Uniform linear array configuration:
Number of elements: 32
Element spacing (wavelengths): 0.25
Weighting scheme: kaiser
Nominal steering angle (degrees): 0
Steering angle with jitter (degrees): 0.075
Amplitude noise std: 0.05
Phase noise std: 0.05

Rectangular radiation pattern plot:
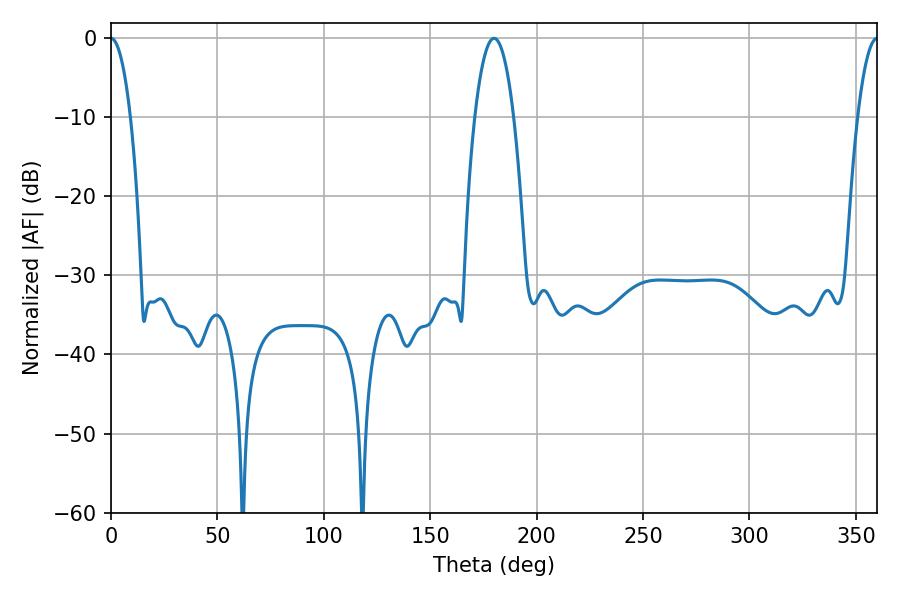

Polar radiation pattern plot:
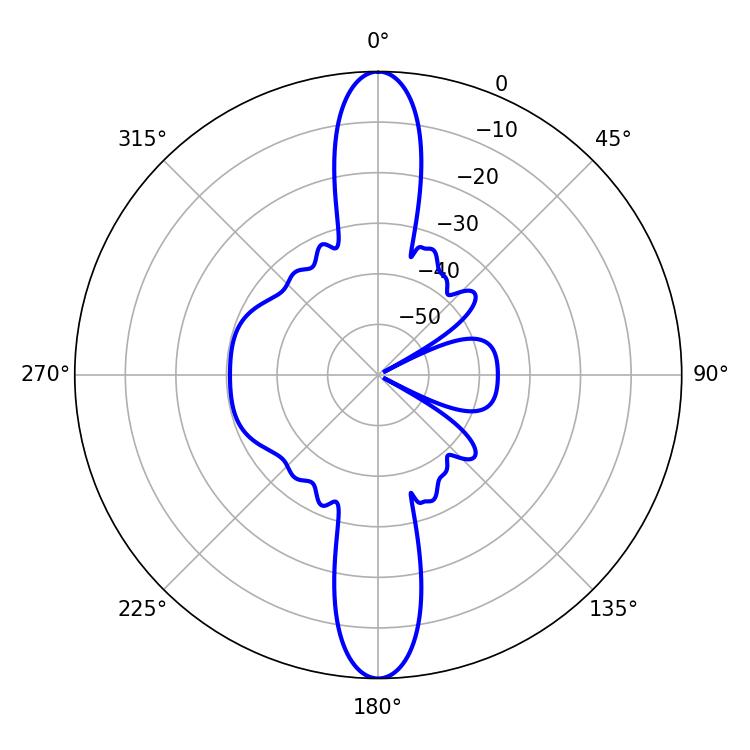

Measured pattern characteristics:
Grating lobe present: FALSE
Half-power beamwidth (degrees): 5.04
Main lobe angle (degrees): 0